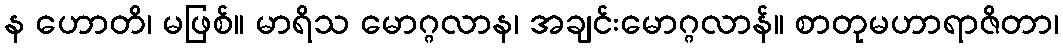
န ဟောတိ၊ မဖြစ်။ မာရိသ မောဂ္ဂလာန၊ အချင်းမောဂ္ဂလာန်။ စာတုမဟာရာဇိတာ၊